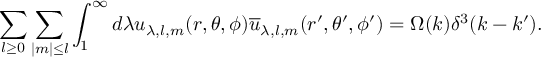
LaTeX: \sum _ { l \geq 0 } \sum _ { \mid m \mid \leq l } \int _ { 1 } ^ { \infty } d \lambda u _ { \lambda , l , m } ( r , \theta , \phi ) \overline { { { u } } } _ { \lambda , l , m } ( r ^ { \prime } , \theta ^ { \prime } , \phi ^ { \prime } ) = \Omega ( k ) \delta ^ { 3 } ( k - k ^ { \prime } ) .